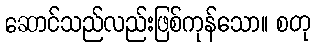
ဆောင်သည်လည်းဖြစ်ကုန်သော။ စတု